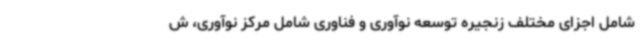
شامل اجزای مختلف زنجیره توسعه نوآوری و فناوری شامل مرکز نوآوری، ش